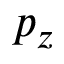
p _ { z }